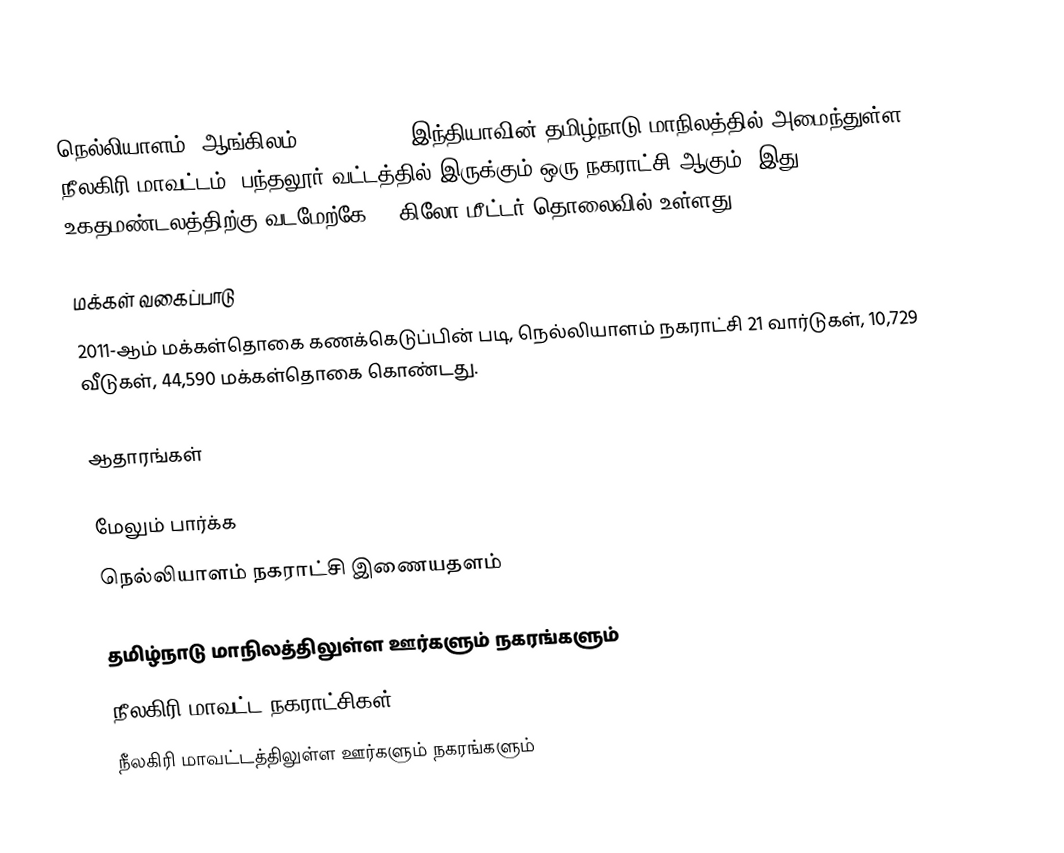
நெல்லியாளம் (ஆங்கிலம்:Nelliyalam), இந்தியாவின் தமிழ்நாடு மாநிலத்தில் அமைந்துள்ள நீலகிரி மாவட்டம், பந்தலூர் வட்டத்தில் இருக்கும் ஒரு நகராட்சி ஆகும். இது உகதமண்டலத்திற்கு வடமேற்கே 78 கிலோ மீட்டர் தொலைவில் உள்ளது.

மக்கள் வகைப்பாடு
2011-ஆம் மக்கள்தொகை கணக்கெடுப்பின் படி, நெல்லியாளம் நகராட்சி 21 வார்டுகள், 10,729  வீடுகள்,   44,590 மக்கள்தொகை கொண்டது.

ஆதாரங்கள்

மேலும் பார்க்க
 நெல்லியாளம் நகராட்சி இணையதளம்

தமிழ்நாடு மாநிலத்திலுள்ள ஊர்களும் நகரங்களும்
நீலகிரி மாவட்ட நகராட்சிகள்
நீலகிரி மாவட்டத்திலுள்ள ஊர்களும் நகரங்களும்